Document type: Sale
Year: 1326
Scribe: Bartomeu Marc
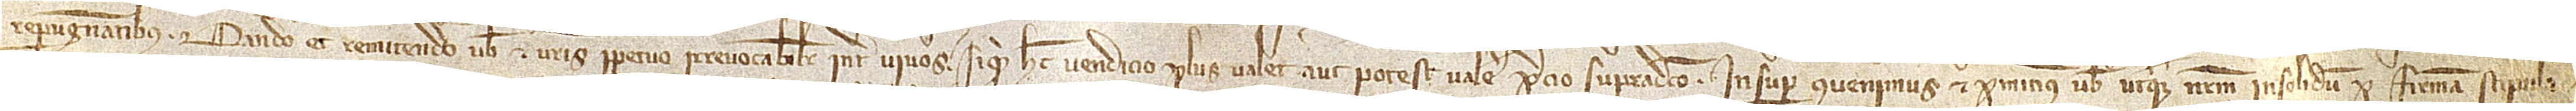
repugnantibus, dando et remitendo vobis et vestris perpetuo irrevocabiliter inter vivos si quid hec vendicio plus valet aut potest valere precio supradicto. Insuper convenimus et promitimus vobis uterque nostrum insolidum per firmam stipula-